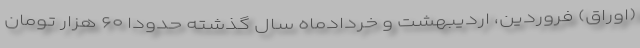
(اوراق) فروردین، اردیبهشت و خردادماه سال گذشته حدودا ۶۰ هزار تومان